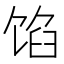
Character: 馅